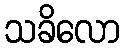
သခိလော